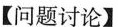
【问题讨论】